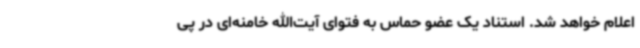
اعلام خواهد شد. استناد یک عضو حماس به فتوای آیت‌الله خامنه‌ای در پی